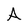
Character: A